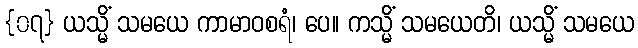
{၀၇} ယသ္မိံ သမယေ ကာမာဝစရံ၊ ပေ။ ကသ္မိံ သမယေတိ၊ ယသ္မိံ သမယေ